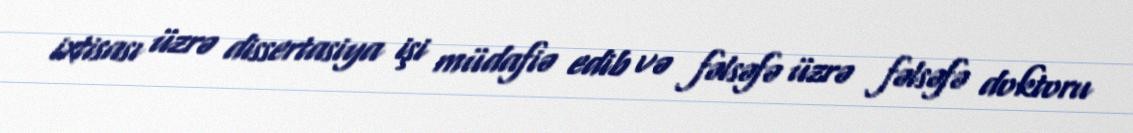
ixtisası üzrə dissertasiya işi müdafiə edib və fəlsəfə üzrə fəlsəfə doktoru